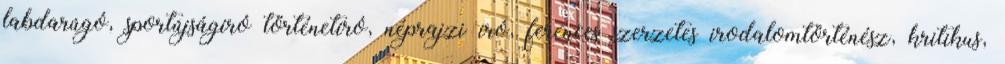
labdarúgó, sportújságíró történetíró, néprajzi író, ferences szerzetes irodalomtörténész, kritikus,